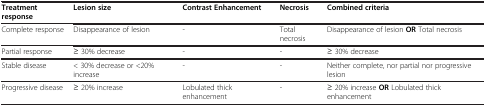
<table><thead><tr><td><b>Treatment response</b></td><td><b>Lesion size</b></td><td><b>Contrast Enhancement</b></td><td><b>Necrosis</b></td><td><b>Combined criteria</b></td></tr></thead><tbody><tr><td>Complete response</td><td>Disappearance of lesion</td><td>-</td><td>Total necrosis</td><td>Disappearance of lesion <b>OR</b> Total necrosis</td></tr><tr><td>Partial response</td><td>≥ 30% decrease</td><td>-</td><td>-</td><td>≥ 30% decrease</td></tr><tr><td>Stable disease</td><td>&lt; 30% decrease or &lt;20% increase</td><td>-</td><td>-</td><td>Neither complete, nor partial nor progressive lesion</td></tr><tr><td>Progressive disease</td><td>≥ 20% increase</td><td>Lobulated thick enhancement</td><td>-</td><td>≥ 20% increase <b>OR</b> Lobulated thick enhancement</td></tr></tbody></table>